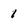
Character: i